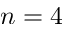
n = 4